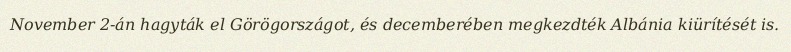
November 2-án hagyták el Görögországot, és decemberében megkezdték Albánia kiürítését is.